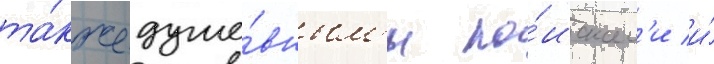
та́кже душе́вным'и по́искам'и и́